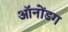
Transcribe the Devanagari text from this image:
ऑनोंडग